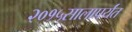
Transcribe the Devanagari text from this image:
२०१५सालापर्यंत